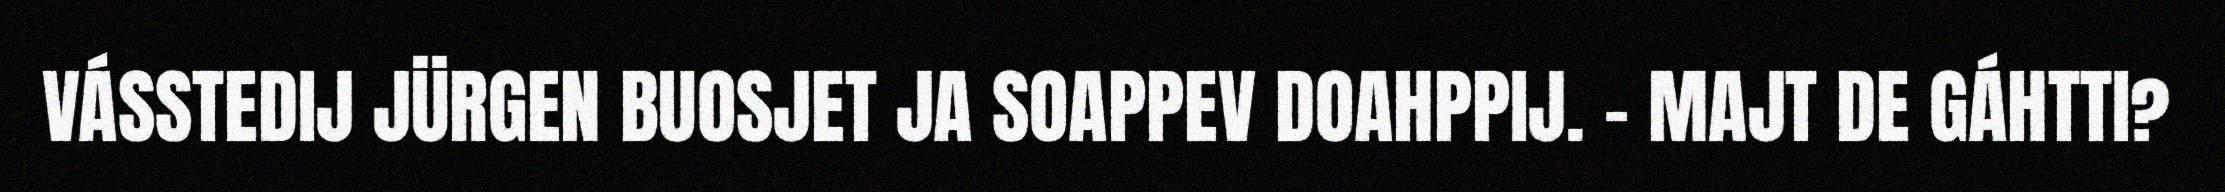
VÁSSTEDIJ JÜRGEN BUOSJET JA SOAPPEV DOAHPPIJ. – MAJT DE GÁHTTI?